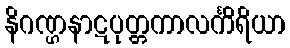
နိဂဏ္ဌနာဋပုတ္တကာလင်္ကိရိယာ